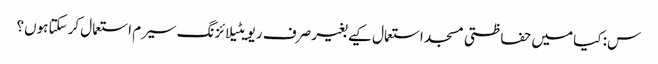
س: کیا میں حفاظتی مسجد استعمال کیے بغیر صرف ریویٹیلائزنگ سیرم استعمال کرسکتا ہوں؟